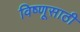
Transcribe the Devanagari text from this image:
विष्णूसाठी